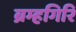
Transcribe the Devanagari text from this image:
ब्रम्हगिरि